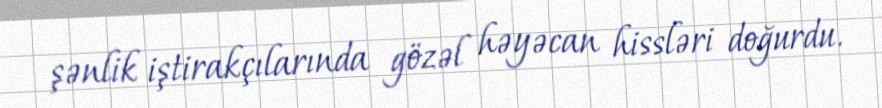
şənlik iştirakçılarında gözəl həyəcan hissləri doğurdu.